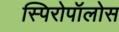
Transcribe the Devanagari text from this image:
स्पिरोपॉलोस